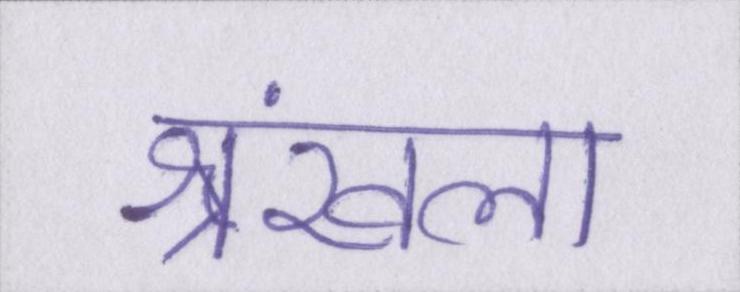
श्रंखला